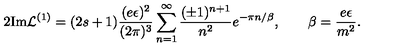
2 \mathrm { I m } { \cal L } ^ { ( 1 ) } = ( 2 s + 1 ) \frac { ( e \epsilon ) ^ { 2 } } { ( 2 \pi ) ^ { 3 } } \sum _ { n = 1 } ^ { \infty } \frac { ( \pm 1 ) ^ { n + 1 } } { n ^ { 2 } } e ^ { - \pi n / \beta } , \qquad \beta = \frac { e \epsilon } { m ^ { 2 } } .